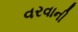
વરવાની